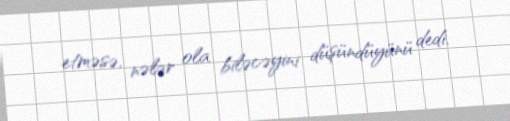
etməsə, nələr ola biləcəyini düşündüyünü dedi.